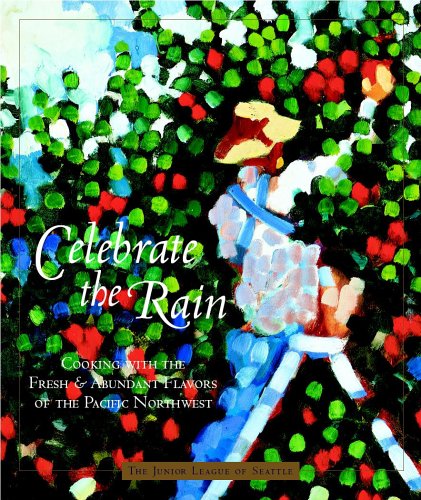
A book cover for Celebrate The Rain: Cooking With The Fresh And Abundant Flavors Of The Pacific Northwest; Junior League of Seattle; Cookbooks, Food & Wine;